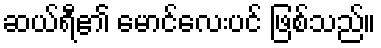
ဆယ်ရီ၏ မောင်လေးပင် ဖြစ်သည်။